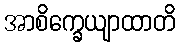
အာစိက္ခေယျာထာတိ